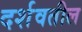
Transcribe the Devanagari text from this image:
दर्शवतील